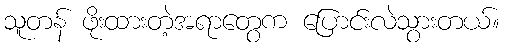
သူတန် ဖိုးထားတဲ့အရာတွေက ပြောင်းလဲသွားတယ်။